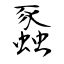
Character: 蟸